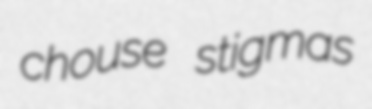
chouse stigmas